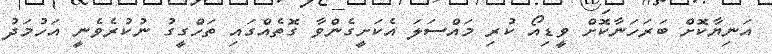
އަނިޔާކޮށް ބަރަހަނާކޮށް ވީޑިއޯ ކުރި މައްސަލަ އެކަށީގެންވާ ގޮތެއްގައި ތަހްގީގު ނުކުރެވެނީ އަހުމަދު